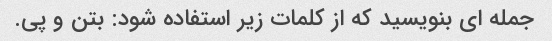
جمله ای بنویسید که از کلمات زیر استفاده شود: بتن و پی.